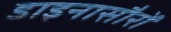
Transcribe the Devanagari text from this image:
डाइनासौरों